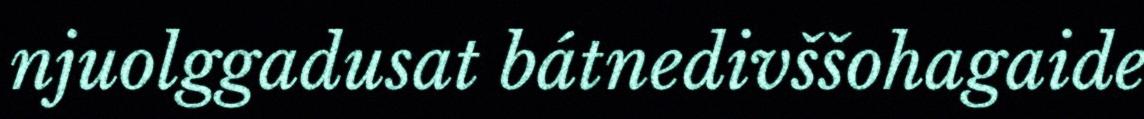
njuolggadusat bátnedivššohagaide